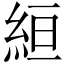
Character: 絙